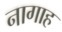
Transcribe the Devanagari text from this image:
नागाह